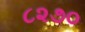
૮૨૭૦